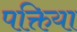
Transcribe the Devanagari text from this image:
पक्तिया